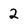
Character: 2